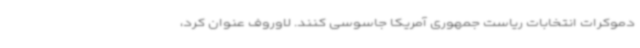
دموکرات انتخابات ریاست جمهوری آمریکا جاسوسی کنند. لاوروف عنوان کرد،